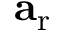
\mathbf { a } _ { \mathrm { r } }